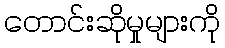
တောင်းဆိုမှုများကို